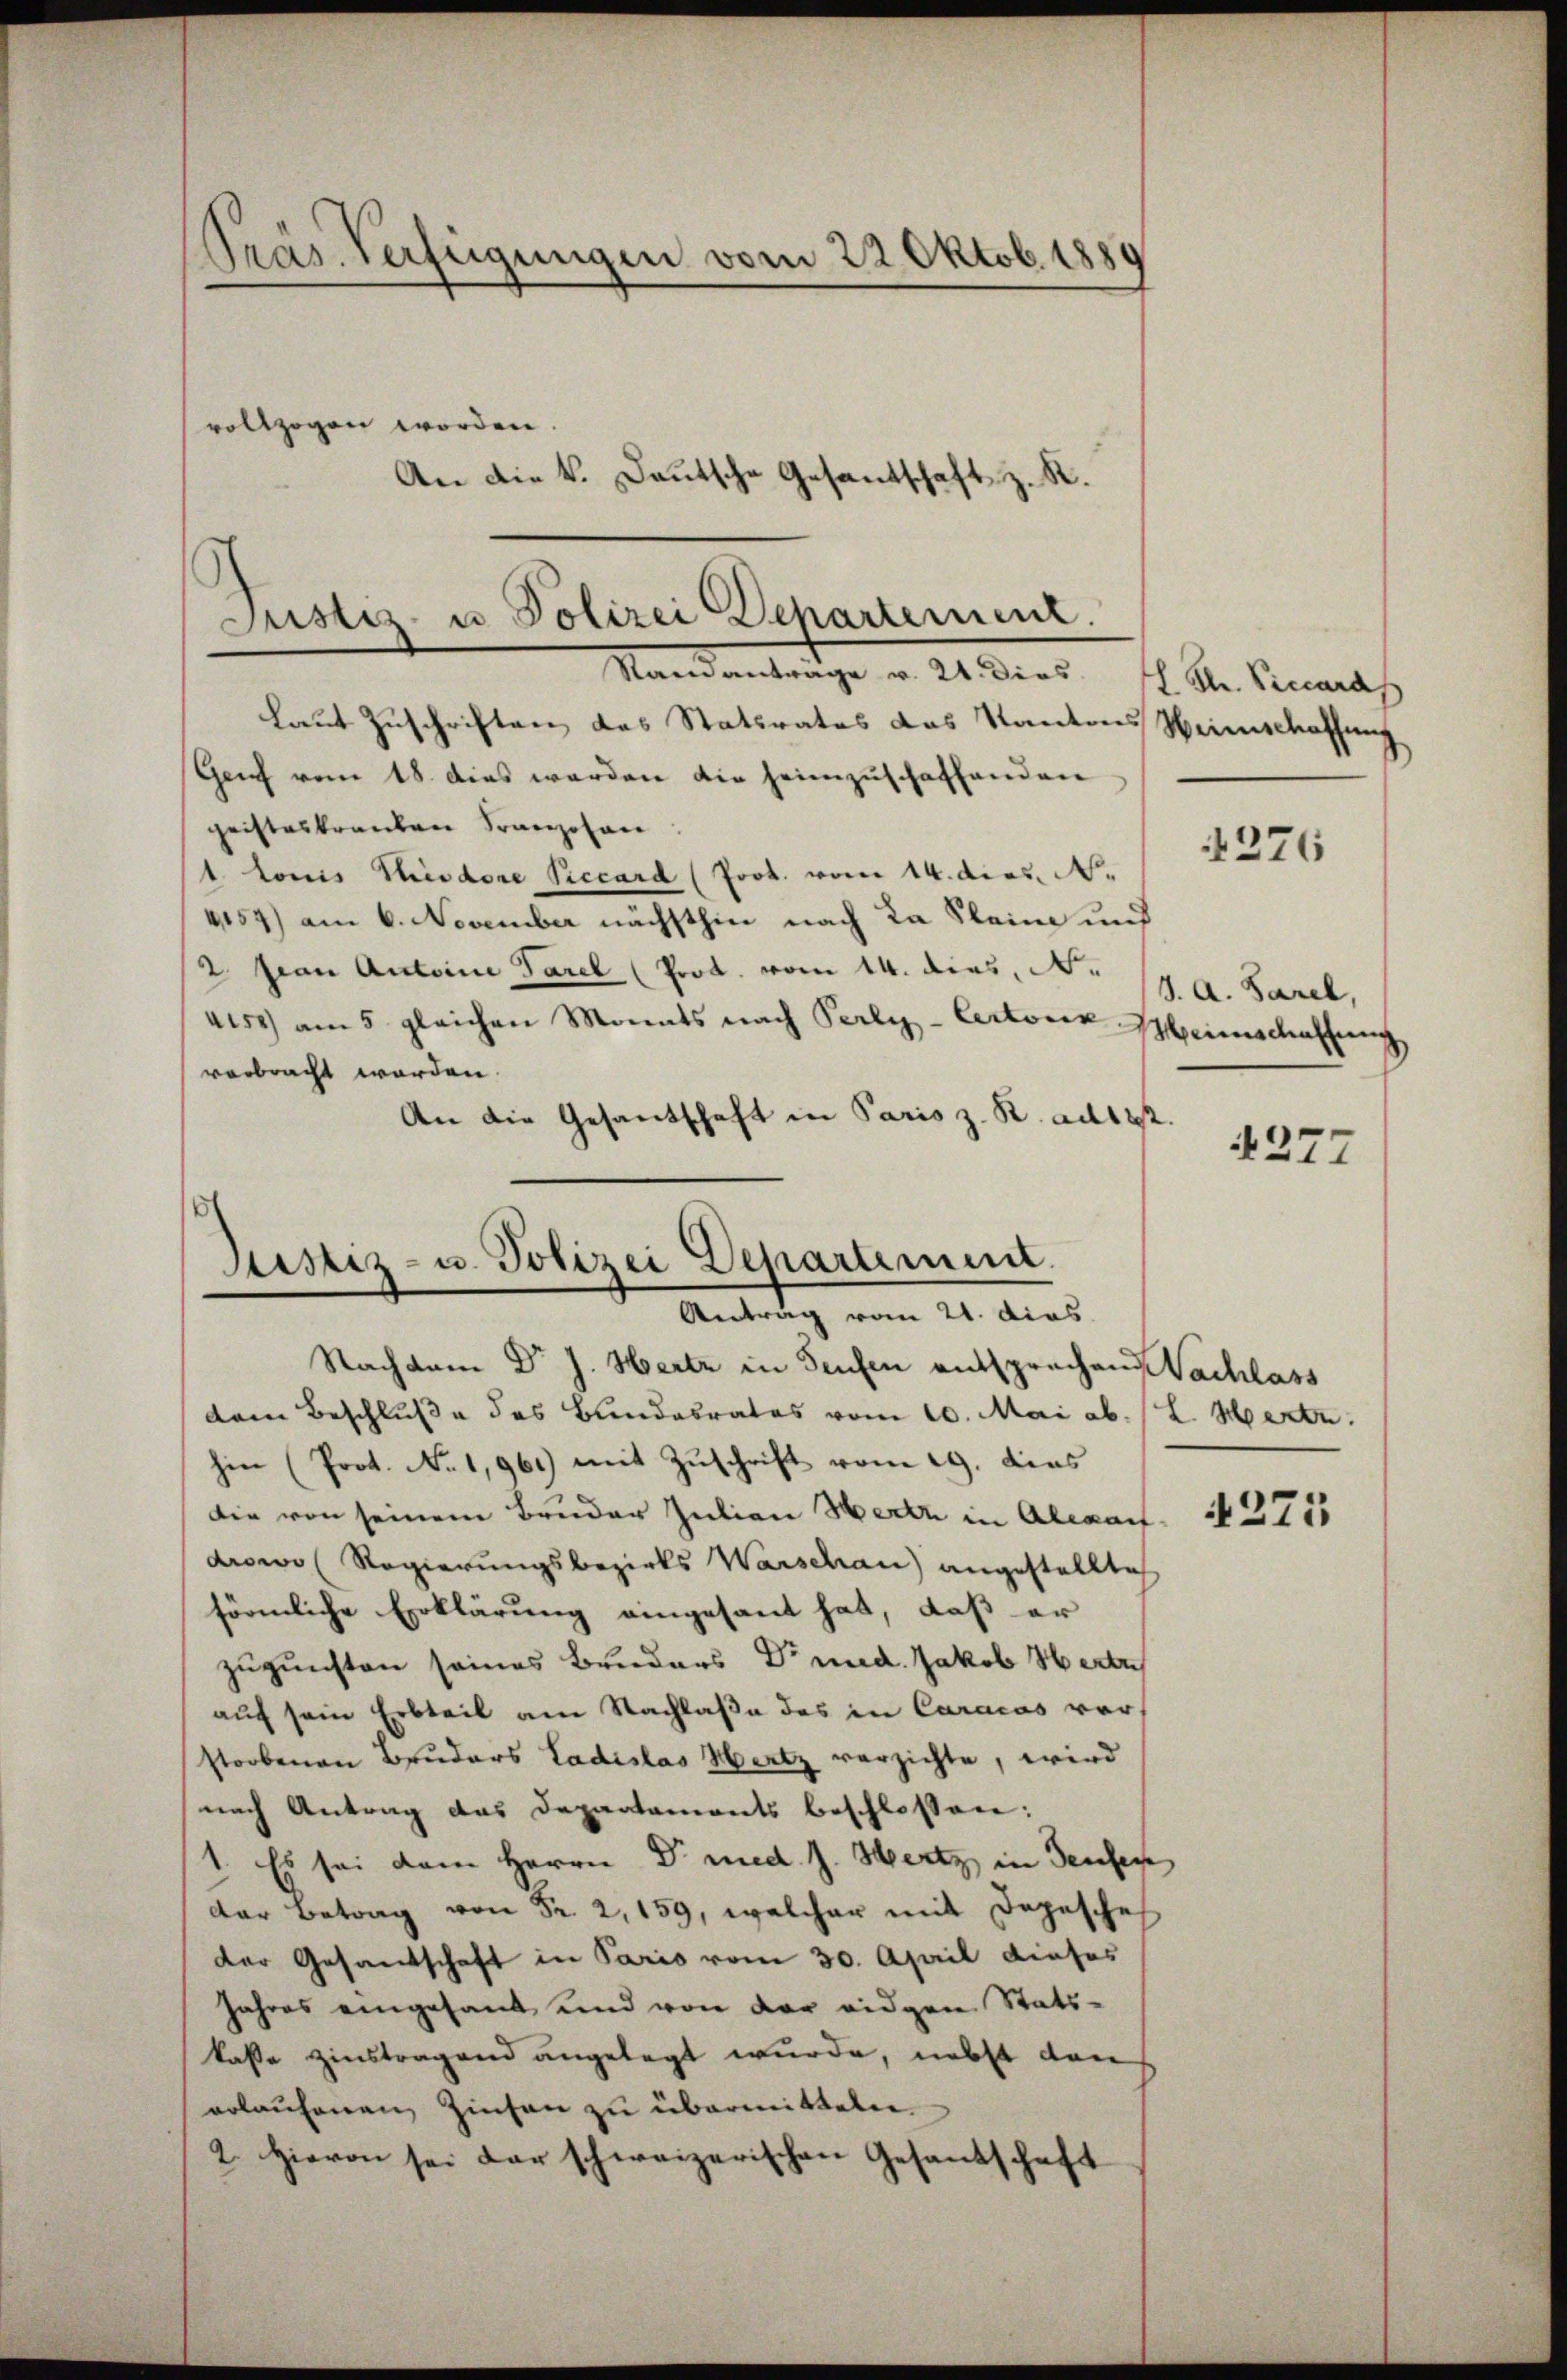
Präs. Verfügungen vom 22. Oktob. 188
vollzogen worden.
An die k. Deutsche Gesantschaft z. R.

laut Zuschriften des Statirates das Kantons Heimschaffung
Genf vom 18. dies werden die heimzuschaffenden
geisteskranken Franzosen
1 Louis Theodore Precard (Prot. vom 14. dies. N.
4154) am 6. November nächsthin nach La Plaine und
2 pian Antoine Parel (Prot. vom 14. dies, N.
4152) am 5. gleichen Monats nach Perly-Certoriz Heimschaffung
verbracht worden.
An die Gesandschaft in Paris z. R. ad 122.

Justiz- u Polizei Departement.
Samanträge v. 21. Dies Str. Viccaras

Justiz- u. Polizei Departement.
Antrag vom 21. dies

Nachdem Dr J. Hertz in Seufen entsprechen Nachlass
dem Beschluße des Bundesrates vom 10. Mai ab. (L. Werte.
hin (Prot. No 1,961) mit Zŭschrift vom 19. dies
die von seinem Bruder Julian Werth in Aberauf
drowo (Regierungsbezirks Warschau) angestellte
förmliche Erklärung eingesant hat, daß er
zugunsten seines Bruders Dr med. Jakob Herte
auf sein Erbteil am Nachlaße des in Caracas vorstorbenen Bruders Ladislas Hertz verzichte, wird
nach Antrag das Departaments beschlossen:
1. Es sei dem Herrn Dr med. J. Wertz in denser
der Betrag von Fr. 2, 159, welcher mit Depesche
der Gesandschaft in Paris vom 30. April dieses
Jahres eingesant und von der eidgen Statskasse zinstragend angelegt wurde, nebst dan
erlaufenen Zinsen zu übermitteln
2. Hievon sei der schweizerischen Gesandschaft

1376

J. A. Sarel,

4277

371